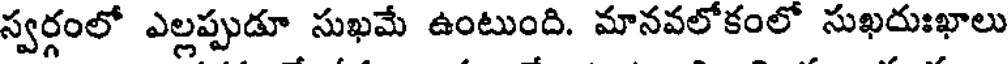
స్వర్గంలో ఎల్లప్పుడూ సుఖమే ఉంటుంది. మానవలోకంలో సుఖదుఃఖాలు